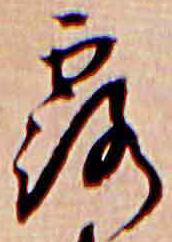
露